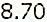
8.70